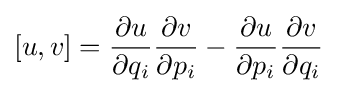
[u,v]={\frac {\partial u}{\partial q_{i}}}{\frac {\partial v}{\partial p_{i}}}-{\frac {\partial u}{\partial p_{i}}}{\frac {\partial v}{\partial q_{i}}}